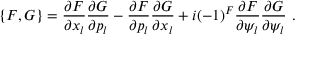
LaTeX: \{ F , G \} = \frac { \partial F } { \partial x _ { l } } \frac { \partial G } { \partial p _ { l } } - \frac { \partial F } { \partial p _ { l } } \frac { \partial G } { \partial x _ { l } } + i ( - 1 ) ^ { F } \frac { \partial F } { \partial \psi _ { l } } \frac { \partial G } { \partial \psi _ { l } } \ .